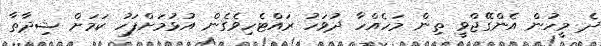
ދެ މީހުން އެންގޭޖްވީ ތިން މަހެއްހާ ދުވަހު ރައްޓެހިވެގެން އުޅުމަށްފަހު ކަމަށް ޝިދާތާ